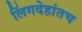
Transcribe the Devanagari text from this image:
लिंगदेहांतच